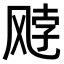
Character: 𫗈